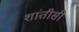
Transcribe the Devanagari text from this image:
शांतीसी